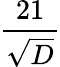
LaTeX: \frac{21}{\sqrt{D}}